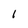
Character: 1